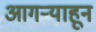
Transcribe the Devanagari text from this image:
आगऱ्याहून